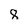
Character: 8